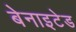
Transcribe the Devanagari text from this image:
बेनाइटेड